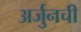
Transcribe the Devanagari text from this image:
अर्जुनची